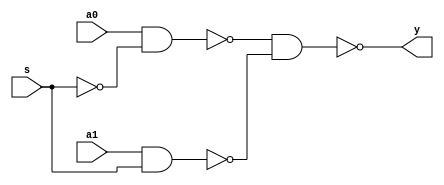
module mux2x1_nand(y, s, a0, a1);
   input s, a0, a1;
   output y;
   wire   not_s, a0_s, a1_s;

   not not_1(not_s, s);
   nand nand_0(a0_s, a0, not_s);
   nand nand_1(a1_s, a1, s);
   nand nand_2(y, a0_s, a1_s);

endmodule // mux2x1_nand